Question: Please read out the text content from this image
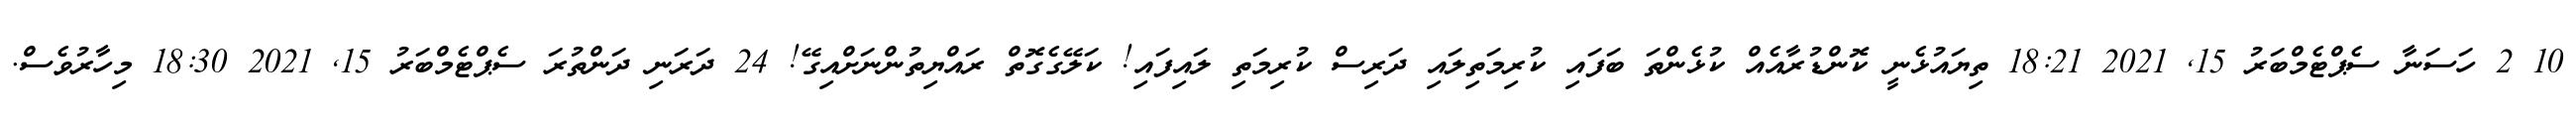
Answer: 10 2 ހަސަނާ ސެޕްޓެމްބަރު 15, 2021 18:21 ތިޔައުޅެނީ ކޮންޑުރާއެއް ކުޅެންތަ ބަފައި ކުރިމަތިލައި ދަރިސް ކުރިމަތި ލައިފައި! ކަލޭގެގޮތް ރައްޔިތުންނަށްއިގޭ! 24 ދަރަނި ދަންތުރަ ސެޕްޓެމްބަރު 15, 2021 18:30 މިހާރުވެސް.